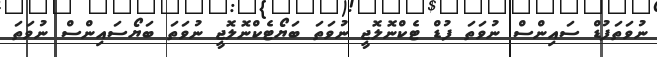
ނުވަތަފުޑް ސައިންސް ނުވަތަ ފުޑް ޓެކްނޮލޮޖީ ނުވަތަ ބަޔޯޓެކްނޮލޮޖީ ނުވަތަ ބަޔޯސައިންސް ނުވަތަ